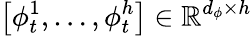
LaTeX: \left[\phi_{t}^{1},\ldots,\phi_{t}^{h}\right]\in\mathbb{R}^{d_{\phi}\times h}